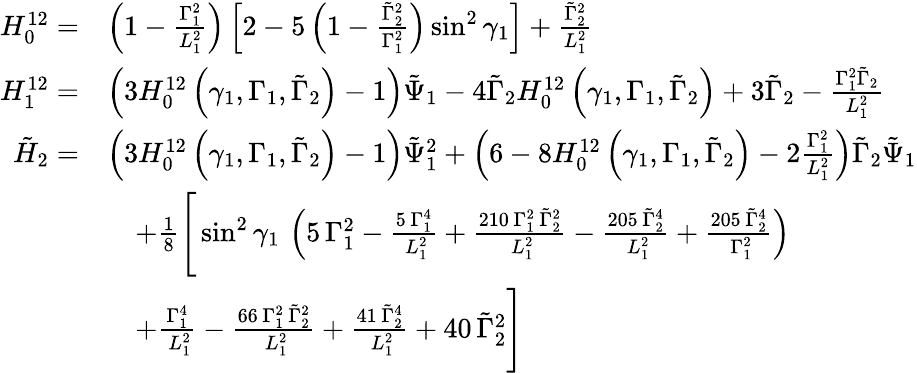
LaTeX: \begin{array}{rl}{H_{0}^{12}=}&{\left(1-\frac{\Gamma_{1}^{2}}{L_{1}^{2}}\right)\left[2-5\left(1-\frac{\tilde{\Gamma}_{2}^{2}}{\Gamma_{1}^{2}}\right)\sin^{2}\gamma_{1}\right]+\frac{\tilde{\Gamma}_{2}^{2}}{L_{1}^{2}}}\\ {H_{1}^{12}=}&{\left(3H_{0}^{12}\left(\gamma_{1},\Gamma_{1},\tilde{\Gamma}_{2}\right)-1\right)\tilde{\Psi}_{1}-4\tilde{\Gamma}_{2}H_{0}^{12}\left(\gamma_{1},\Gamma_{1},\tilde{\Gamma}_{2}\right)+3\tilde{\Gamma}_{2}-\frac{\Gamma_{1}^{2}\tilde{\Gamma}_{2}}{L_{1}^{2}}}\\ {\tilde{H}_{2}=}&{\left(3H_{0}^{12}\left(\gamma_{1},\Gamma_{1},\tilde{\Gamma}_{2}\right)-1\right)\tilde{\Psi}_{1}^{2}+\left(6-8H_{0}^{12}\left(\gamma_{1},\Gamma_{1},\tilde{\Gamma}_{2}\right)-2\frac{\Gamma_{1}^{2}}{L_{1}^{2}}\right)\tilde{\Gamma}_{2}\tilde{\Psi}_{1}}\\ &{\quad+\frac{1}{8}\Bigg[\sin^{2}\gamma_{1}\, \left(5\, \Gamma_{1}^{2}-{\frac{5\, \Gamma_{1}^{4}}{\, L_{1}^{2}}}+{\frac{210\, \Gamma_{1}^{2}\, \tilde{\Gamma}_{2}^{2}}{\, L_{1}^{2}}}-{\frac{205\, \tilde{\Gamma}_{2}^{4}}{\, L_{1}^{2}}}+{\frac{205\, \tilde{\Gamma}_{2}^{4}}{\, \Gamma_{1}^{2}}}\right)}\\ &{\quad+{\frac{\Gamma_{1}^{4}}{\, L_{1}^{2}}}-{\frac{66\, \Gamma_{1}^{2}\, \tilde{\Gamma}_{2}^{2}}{\, L_{1}^{2}}}+{\frac{41\, \tilde{\Gamma}_{2}^{4}}{\, L_{1}^{2}}}+40\, \tilde{\Gamma}_{2}^{2}\Bigg]}\end{array}